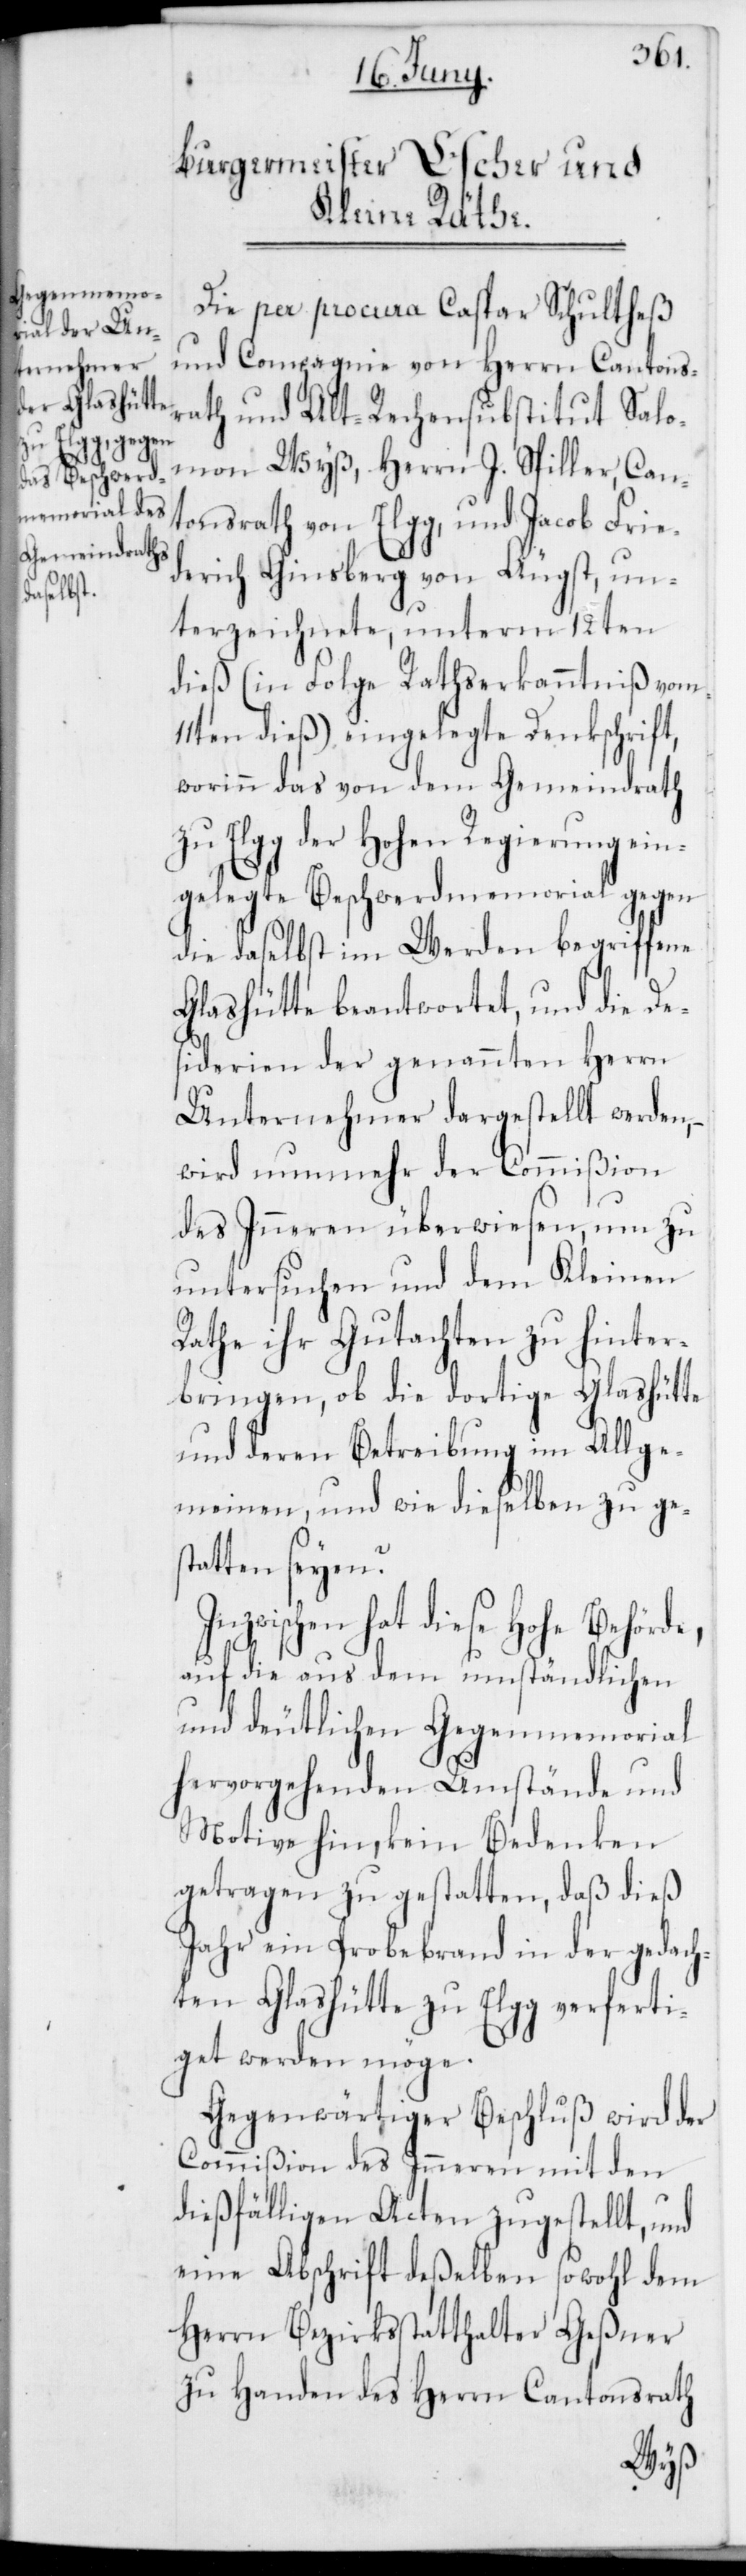
Die per procura Caspar Schultheß
und Compagnie von Herrn Cantons¬
rath und Alt-Rechensubstitut Salo¬
mon Wyß, Herr J. Spiller, Can¬
tonsrath von Elgg, und Jacob Frie¬
derich Ginsberg von Aügst, un¬
terzeichnete, unterm 12ten
dieß (in Folge Rathserkanntniß vom
11ten dieß) eingelegte Denkschrift,
worinn das von dem Gemeindrath
zu Elgg der Hohen Regierung ein¬
gelegte Beschwerdmemorial gegen
die daselbst im Werden begriffene
Glashütte beantwortet, und die De¬
siderien der genannten Herren
Unternehmer dargestellt werden,
wird nunmehr der Commißion
des Inneren überwiesen, um zu
untersuchen und dem Kleinen
Rathe ihr Gutachten zu hinter¬
bringen, ob die dortige Glashütte
und deren Betreibung im Allge¬
meinen, und wie dieselben zu ges¬
tatten seyen?
Inzwischen hat diese Hohe Behörde,
auf die aus dem umständlichen
und deutlichen Gegenmemorial
hervorgehenden Umstände und
Motive hin, kein Bedenken
getragen zu gestatten, daß dies
Jahr ein Probebrand in der gedach¬
ten Glashütte zu Elgg verferti¬
get werden möge.
Gegenwärtiger Beschluß wird der
Commißion des Inneren mit den
dießfälligen Acten zugestellt, und
eine Abschrift deßelben sowohl dem
Herrn Bezirksstatthalter Geßner
zu Handen des Herrn Cantonsrath